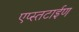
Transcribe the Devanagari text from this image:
एप्स्तटाईण